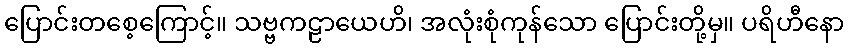
ပြောင်းတစေ့ကြောင့်။ သဗ္ဗကဠာယေဟိ၊ အလုံးစုံကုန်သော ပြောင်းတို့မှ။ ပရိဟီနော